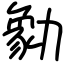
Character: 勨